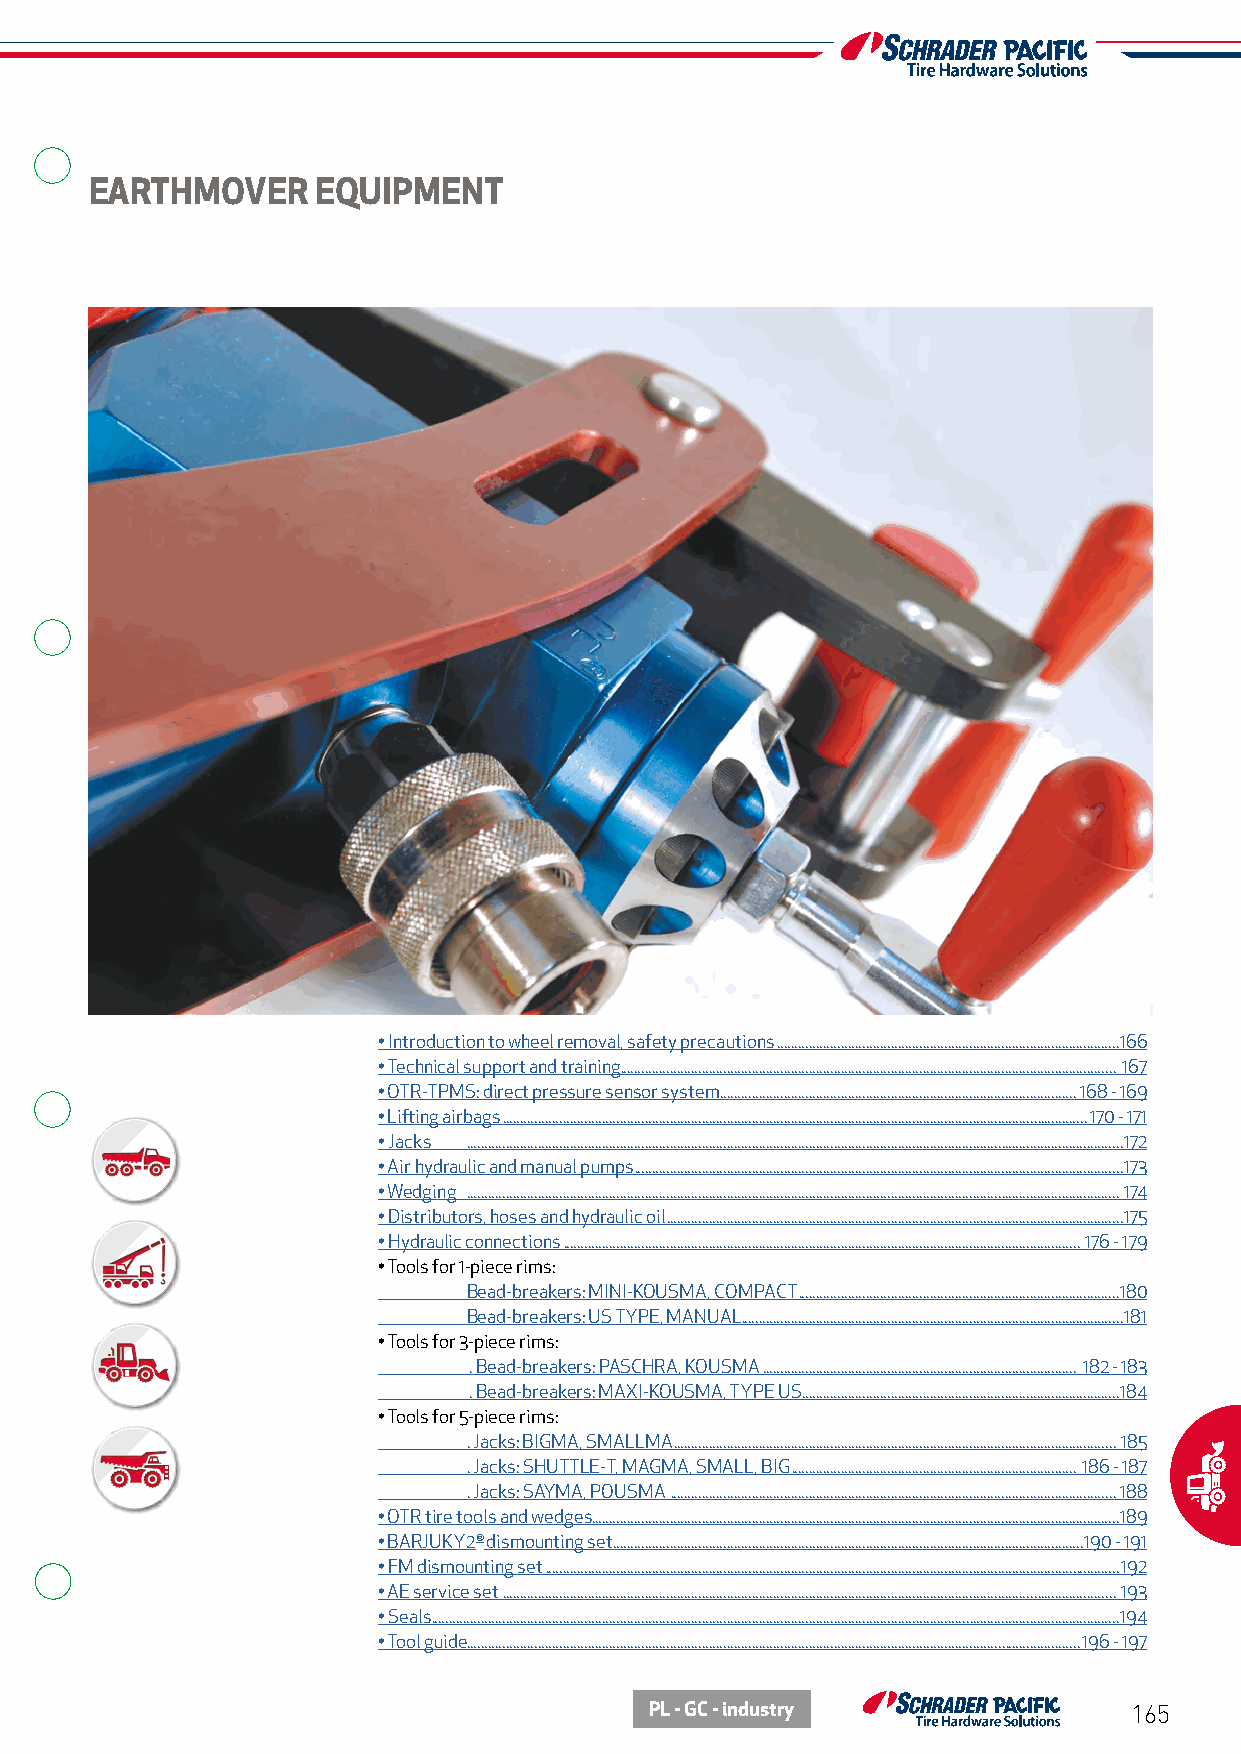
EARTHMOVER     EQUIPMENT
 • Introduction to wheel removal, safety precautions ................................................................................................166
 • Technical support and training........................................................................................................................................... 167
 • OTR-TPMS: direct pressure sensor system ....................................................................................................168 - 169
 • Lifting airbags ....................................................................................................................................................................170 - 171
 • Jacks ........................................................................................................................................................................................172
 • Air hydraulic and manual pumps .........................................................................................................................................173
 • Wedging ....................................................................................................................................................................................... 174
 • Distributors, hoses and hydraulic oil ................................................................................................................................175
 • Hydraulic connections ................................................................................................................................................. 176 - 179
 • Tools for 1-piece rims:
 Bead-breakers: MINI-KOUSMA, COMPACT ..........................................................................................180
 Bead-breakers: US TYPE, MANUAL ...........................................................................................................181
 • Tools for 3-piece rims:
 . Bead-breakers: PASCHRA, KOUSMA ........................................................................................ 182 - 183
 . Bead-breakers: MAXI-KOUSMA, TYPE US .........................................................................................184
 • Tools for 5-piece rims:
 . Jacks: BIGMA, SMALLMA ............................................................................................................................ 185
 . Jacks: SHUTTLE-T, MAGMA, SMALL, BIG ................................................................................ 186 - 187
 . Jacks: SAYMA, POUSMA ............................................................................................................................. 188
 • OTR tire tools and wedges....................................................................................................................................................189
 • BARJUKY2® dismounting set ....................................................................................................................................190 - 191
 • FM dismounting set .................................................................................................................................................................192
 • AE service set ............................................................................................................................................................................ 193
 • Seals .................................................................................................................................................................................................194
 • Tool guide ............................................................................................................................................................................196 - 197
 PL - GC - industry              165